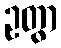
ဥတွာ